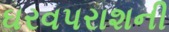
ઘરવપરાશની